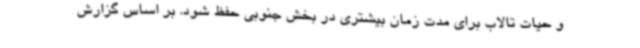
و حیات تالاب برای مدت زمان بیشتری در بخش جنوبی حفظ شود. بر اساس گزارش